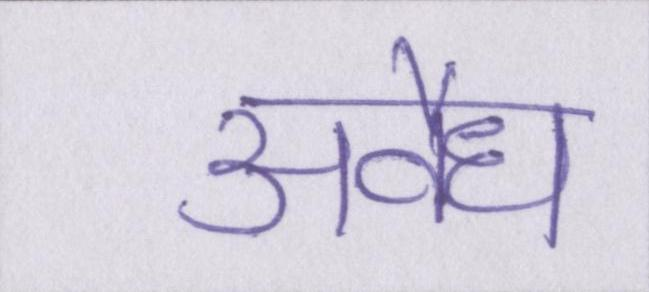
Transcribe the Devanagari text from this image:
अवैध